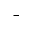
^ \mathrm { - }